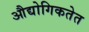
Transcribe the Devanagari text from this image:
औद्योगिकतेत